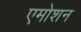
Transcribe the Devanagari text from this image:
एमोशन